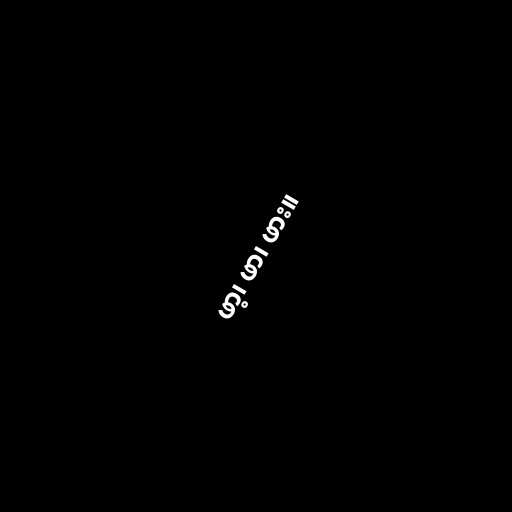
ဖာ့၊ ဖာ၊ ဖား။